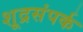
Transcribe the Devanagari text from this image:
शूद्रसंपर्क